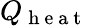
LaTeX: Q_{\mathrm{~h~e~a~t~}}